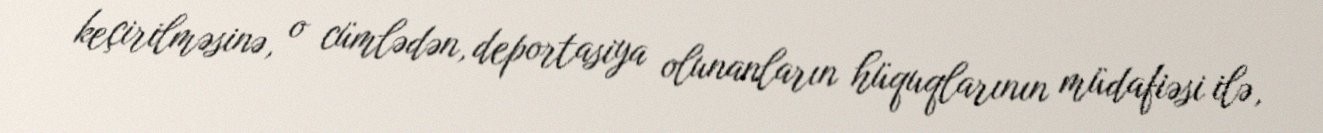
keçirilməsinə, o cümlədən, deportasiya olunanların hüquqlarının müdafiəsi ilə,